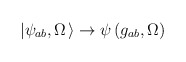
\begin{align*}\left|\psi_{ab},\Omega\right.\rangle\rightarrow\psi\left(g_{ab},\Omega\right)\end{align*}